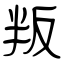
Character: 叛